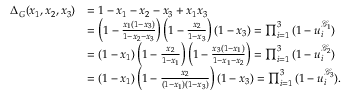
\begin{array} { r l } { \Delta _ { G } ( x _ { 1 } , x _ { 2 } , x _ { 3 } ) } & { = 1 - x _ { 1 } - x _ { 2 } - x _ { 3 } + x _ { 1 } x _ { 3 } } \\ & { = \left( 1 - \frac { x _ { 1 } ( 1 - x _ { 3 } ) } { 1 - x _ { 2 } - x _ { 3 } } \right) \left( 1 - \frac { x _ { 2 } } { 1 - x _ { 3 } } \right) ( 1 - x _ { 3 } ) = \prod _ { i = 1 } ^ { 3 } \, ( 1 - u _ { i } ^ { \mathcal G _ { 1 } } ) } \\ & { = ( 1 - x _ { 1 } ) \left( 1 - \frac { x _ { 2 } } { 1 - x _ { 1 } } \right) \left( 1 - \frac { x _ { 3 } ( 1 - x _ { 1 } ) } { 1 - x _ { 1 } - x _ { 2 } } \right) = \prod _ { i = 1 } ^ { 3 } \, ( 1 - u _ { i } ^ { \mathcal G _ { 2 } } ) } \\ & { = ( 1 - x _ { 1 } ) \left( 1 - \frac { x _ { 2 } } { ( 1 - x _ { 1 } ) ( 1 - x _ { 3 } ) } \right) ( 1 - x _ { 3 } ) = \prod _ { i = 1 } ^ { 3 } \, ( 1 - u _ { i } ^ { \mathcal G _ { 3 } } ) . } \end{array}